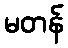
မတန်